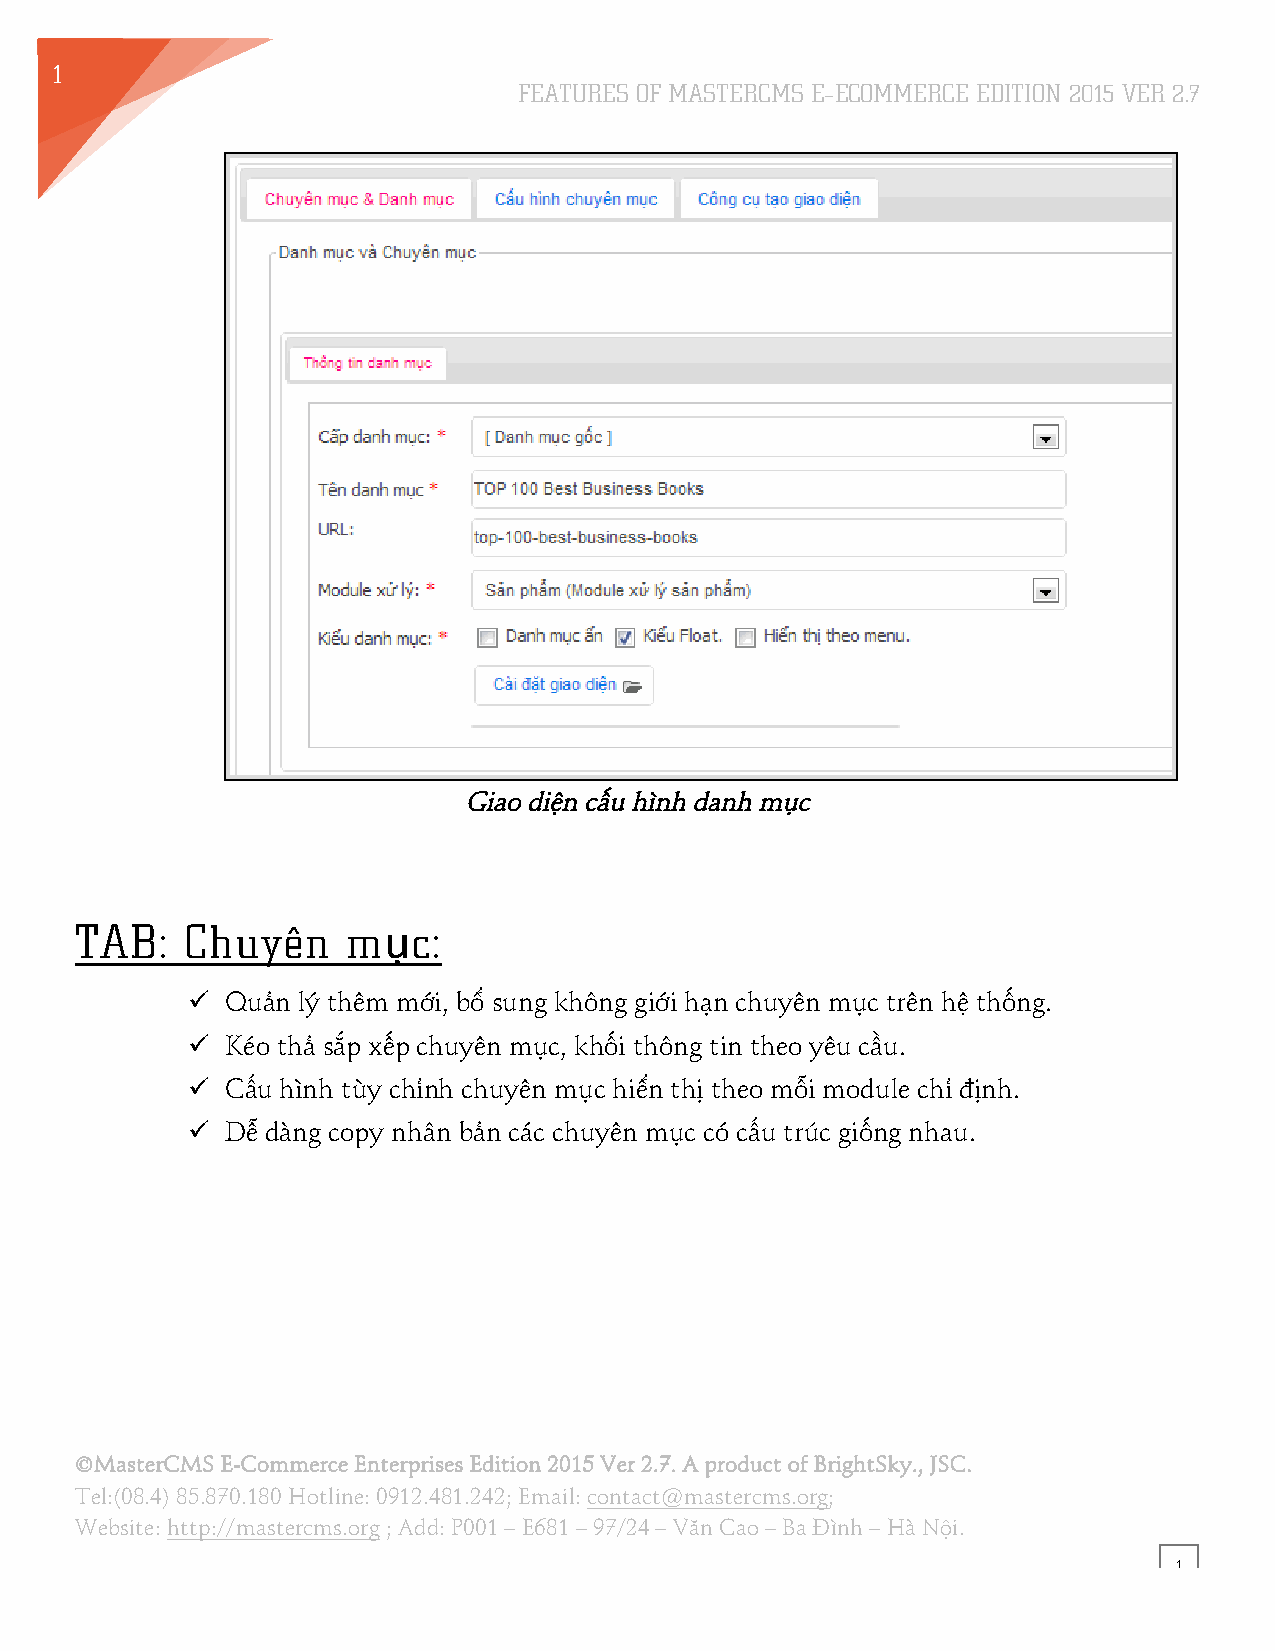
1
 FEATURES OF MASTERCMS E–ECOMMERCE EDITION 2015 VER 2.7
 3
 Giao diện cấu hình danh mục
 TAB:   Chuyên     mục:
 !! Quản lý thêm mới, bổ sung không giới hạn chuyên mục trên hệ thống.
 !! Kéo thả sắp xếp chuyên mục, khối thông tin theo yêu cầu.
 !! Cấu hình tùy chỉnh chuyên mục hiển thị theo mỗi module chỉ định.
 !! Dễ dàng copy nhân bản các chuyên mục có cấu trúc giống nhau.
 ©MasterCMS E-Commerce Enterprises Edition 2015 Ver 2.7. A product of BrightSky., JSC.
 Tel:(08.4) 85.870.180 Hotline: 0912.481.242; Email: contact@mastercms.org;
 Website: http://mastercms.org ; Add: P001 – E681 – 97/24 – Văn Cao – Ba Đình – Hà Nội.
 1